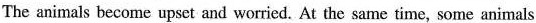
The animals become upset and worried. At the same time, some animals